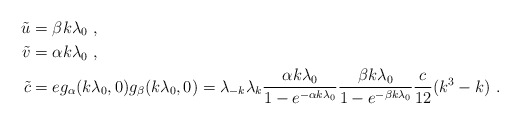
\begin{align*}\tilde u&=\beta k\lambda_0 \ , \cr\tilde v&=\alpha k\lambda_0 \ , \cr\tilde c&=eg_\alpha(k\lambda_0,0)g_{\beta}(k\lambda_0,0)=\lambda_{-k}\lambda_k{\alpha k\lambda_0\over 1-e^{-\alpha k\lambda_0}}{\beta k\lambda_0\over 1-e^{-\beta k\lambda_0}}{c\over 12}(k^3-k) \ .\end{align*}